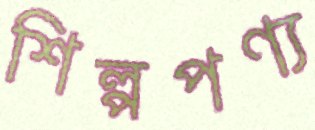
শিল্পপণ্য